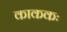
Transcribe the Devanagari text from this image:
काककः